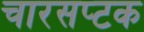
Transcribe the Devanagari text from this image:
चारसप्टक